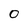
Character: 0